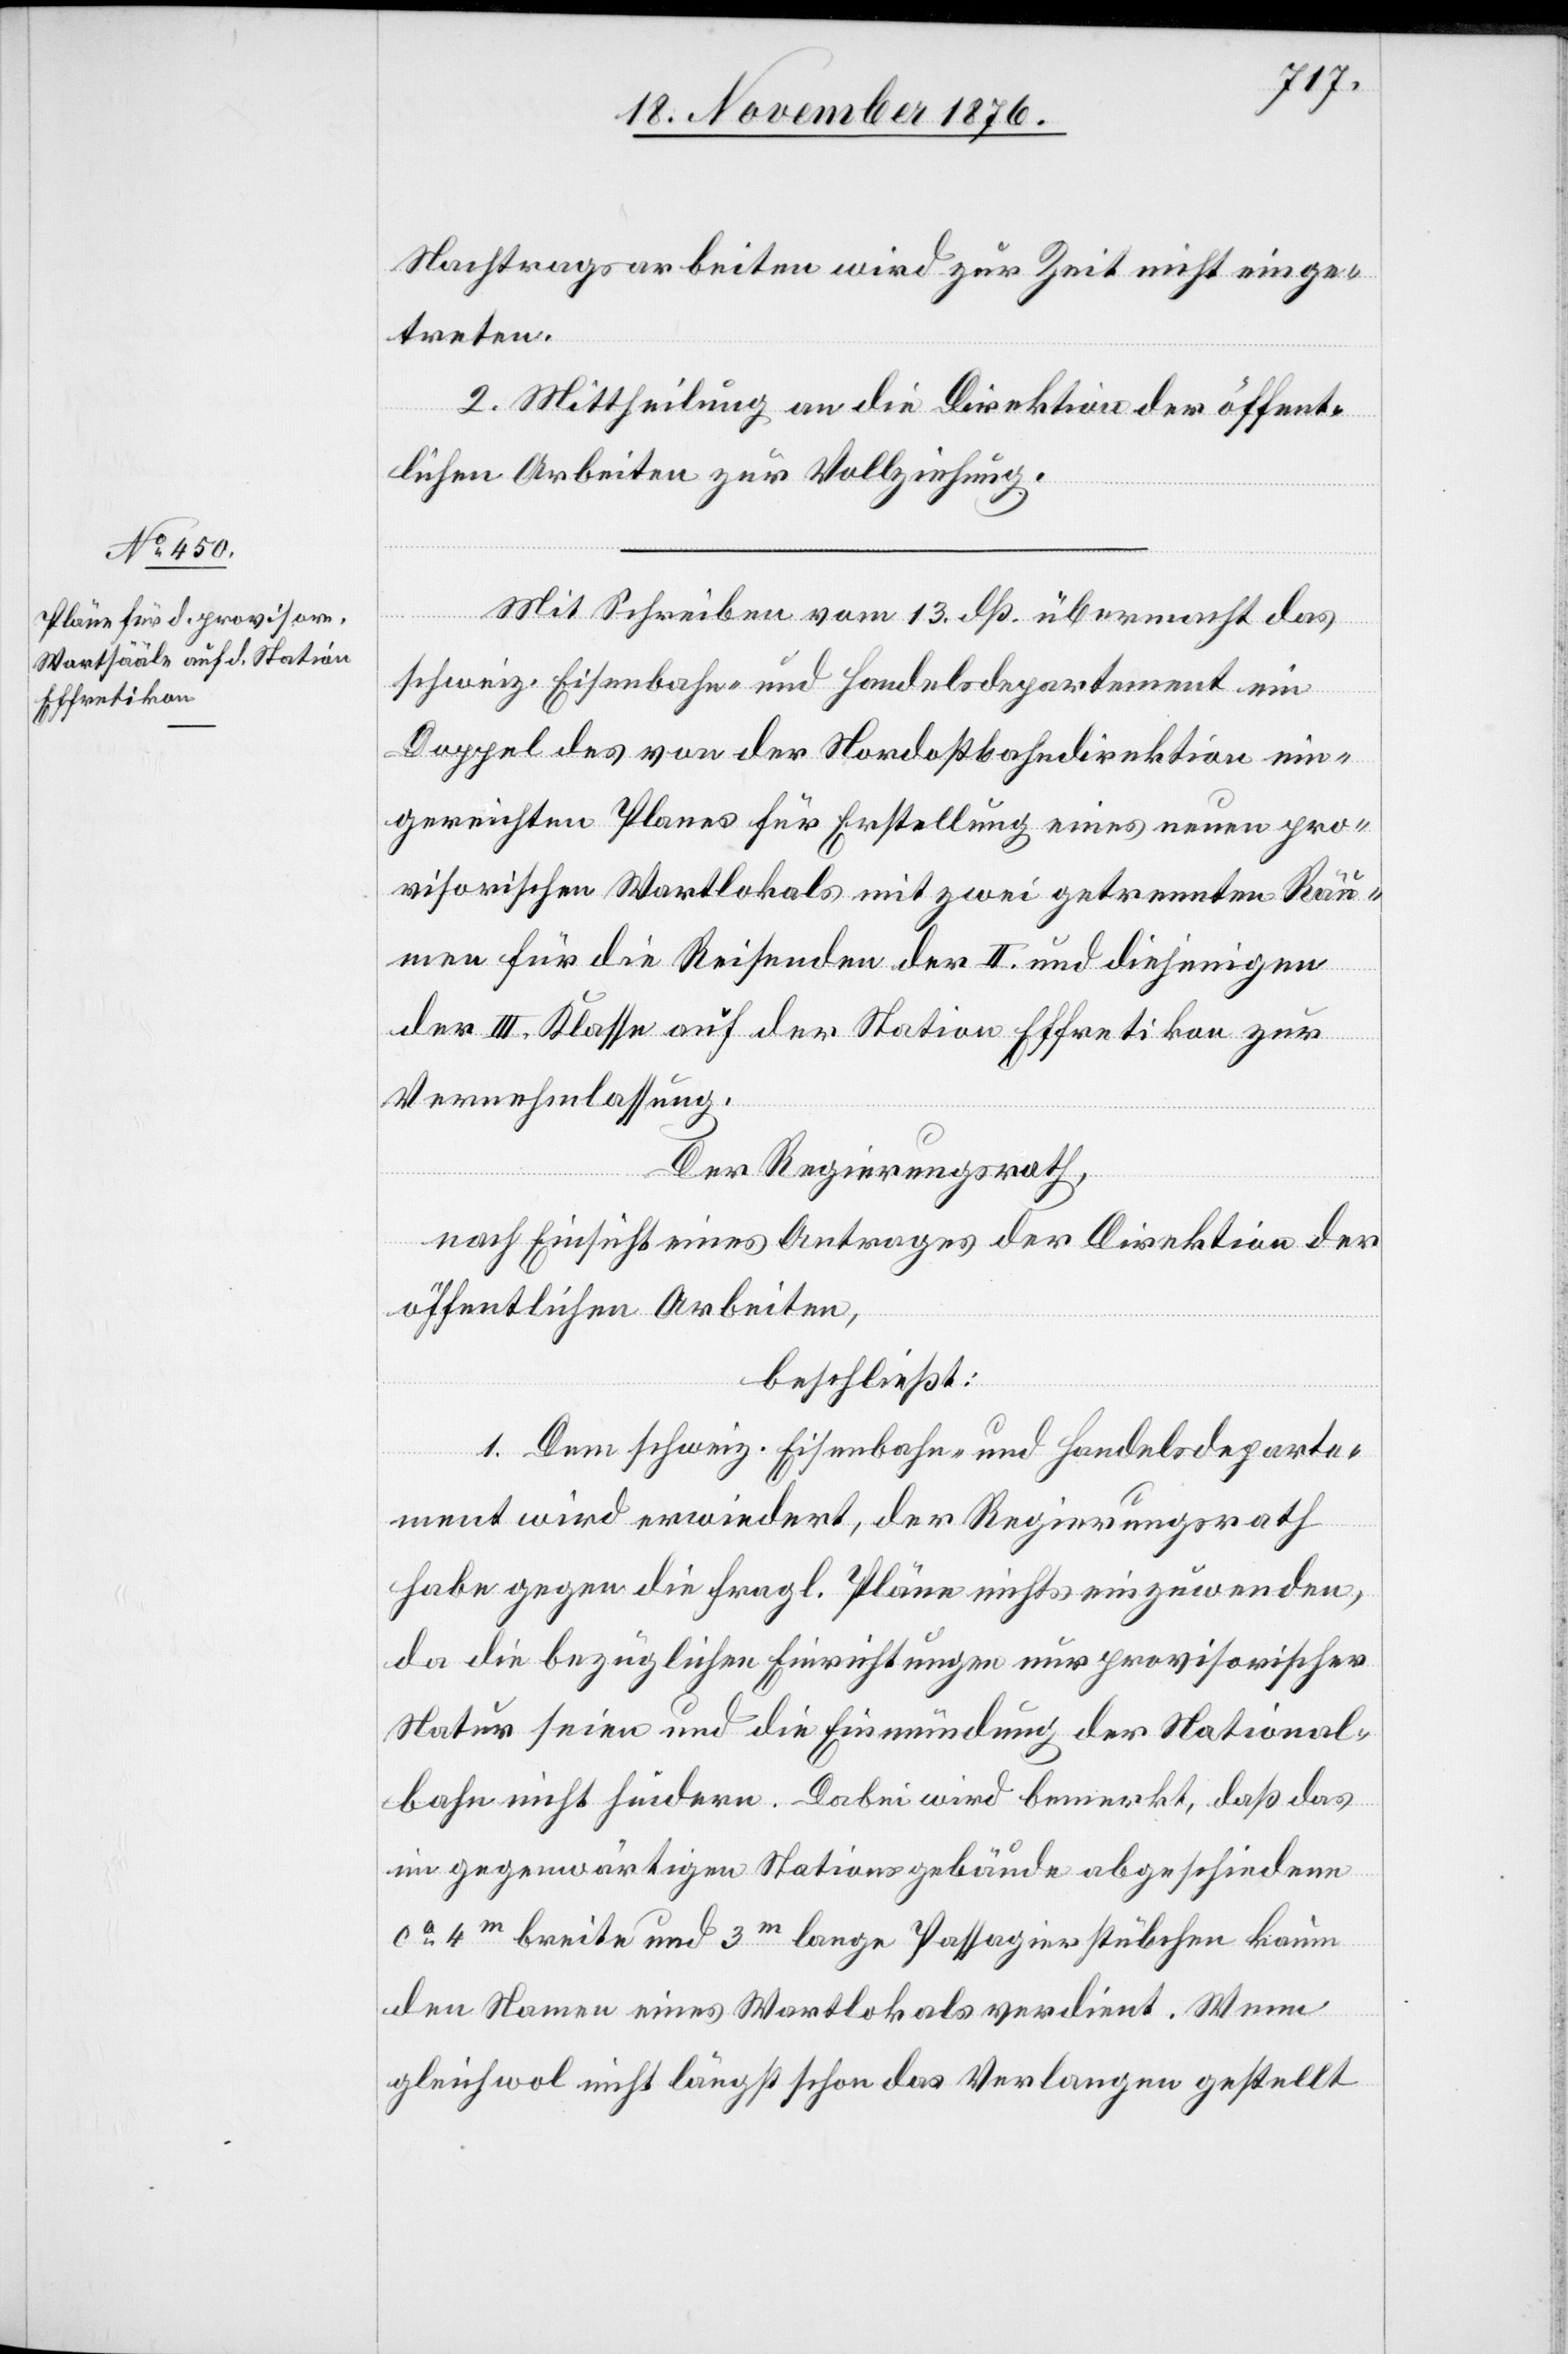
Nachtragsarbeiten wird zur Zeit nicht einge¬
treten.
2. Mittheilung an die Direktion der öffent¬
lichen Arbeiten zur Vollziehung.
Mit Schreiben vom 13. dß. übermacht das
schweiz. Eisenbahn- und Handelsdepartement ein
Doppel des von der Nordostbahndirektion ein¬
gereichten Planes für Erstellung eines neuen pro¬
visorischen Wartlokals mit zwei getrennten Räu¬
men für die Reisenden der II. und diejenigen
der III. Klasse auf der Station Effretikon zur
Vernehmlassung.
Der Regierungsrath,
nach Einsicht eines Antrages der Direktion der
öffentlichen Arbeiten,
beschließt:
1. Dem schweiz. Eisenbahn- und Handelsdeparte¬
ment wird erwiedert, der Regierungsrath
habe gegen die fragl. Pläne nichts einzuwenden,
da die bezüglichen Einrichtungen nur provisorischer
Natur seien und die Einmündung der National¬
bahn nicht hindern. Dabei wird bemerkt, daß das
im gegenwärtigen Stationsgebäude abgeschiedene
ca 4m breite und 3m lange Passagierstübchen kaum
den Namen eines Wartlokals verdient. Wenn
gleichwol nicht längst schon das Verlangen gestellt